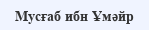
Мусғаб ибн Ұмәйр